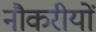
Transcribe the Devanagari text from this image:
नौकरीयों